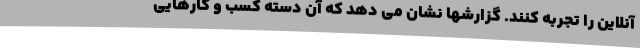
آنلاین را تجربه کنند. گزارشها نشان می دهد که آن دسته کسب و کارهایی